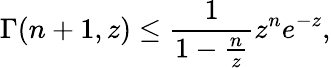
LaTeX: \Gamma(n+1,z)\leq\frac{1}{1-\frac{n}{z}}z^{n}e^{-z},